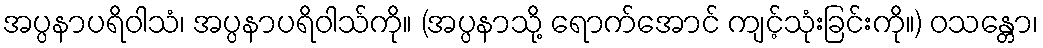
အပ္ပနာပရိဝါသံ၊ အပ္ပနာပရိဝါသ်ကို။ (အပ္ပနာသို့ ရောက်အောင် ကျင့်သုံးခြင်းကို။) ဝသန္တော၊